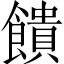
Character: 饋